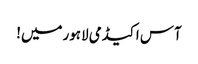
آس اکیڈمی لاہورمیں!